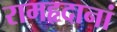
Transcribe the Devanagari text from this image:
रामहृदानां